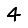
Digit: 4